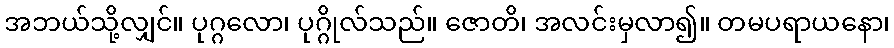
အဘယ်သို့လျှင်။ ပုဂ္ဂလော၊ ပုဂ္ဂိုလ်သည်။ ဇောတိ၊ အလင်းမှလာ၍။ တမပရာယနော၊